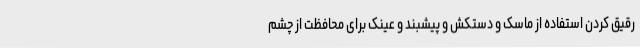
رقیق کردن استفاده از ماسک و دستکش و پیشبند و عینک برای محافظت از چشم